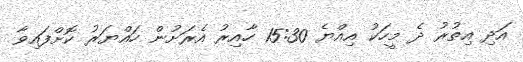
އަދި އިތުރު ދެ މީހަކު އިއްޔެ 15:30 ހާއިރު އެރަށުން ހައްޔަރު ކޮށްފައިވާ